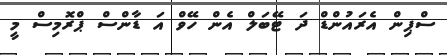
ސްޕިން އެރައުންޑް ދަ ޓޭބަލް އެން ހޭވް އަ ޑާންސް ޕްރޮމިސް މީ